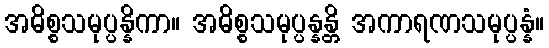
အဓိစ္စသမုပ္ပန္နိကာ။ အဓိစ္စသမုပ္ပန္နန္တိ အကာရဏသမုပ္ပန္နံ။